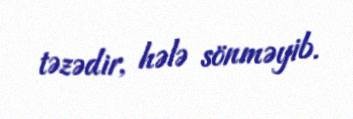
təzədir, hələ sönməyib.